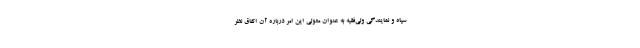
سپاه و نمایندگی ولی‌فقیه به عنوان متولی این امر درباره آن اتفاق نظر